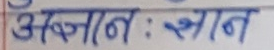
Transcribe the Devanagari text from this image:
अज्ञान : ज्ञान